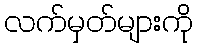
လက်မှတ်များကို